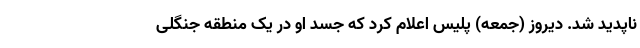
ناپدید شد. دیروز (جمعه) پلیس اعلام کرد که جسد او در یک منطقه‌ جنگلی